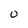
Character: O